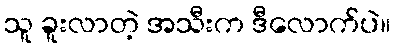
သူ ခူးလာတဲ့ အသီးက ဒီလောက်ပဲ။